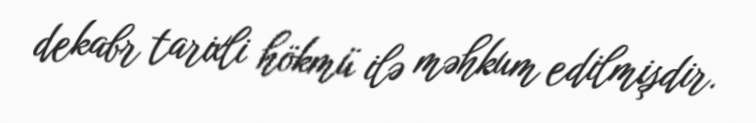
dekabr tarixli hökmü ilə məhkum edilmişdir.